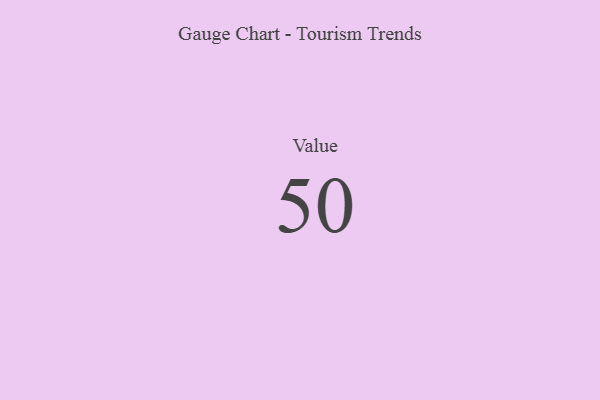
{"axis": {"x": "Metric", "y": "Value"}, "legend": [""], "data": [{"x": "Value", "y": 50, "type": ""}]}